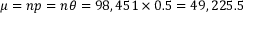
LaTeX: \textstyle \mu = n p = n \theta = 9 8 , 4 5 1 \times 0 . 5 = 4 9 , 2 2 5 . 5